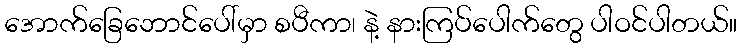
အောက်ခြေဘောင်ပေါ်မှာ စပီကာ၊ နဲ့ နားကြပ်ပေါက်တွေ ပါဝင်ပါတယ်။